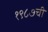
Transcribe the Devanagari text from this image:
१९८७ची